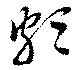
頗